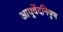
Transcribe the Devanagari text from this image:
आयुर्वेदनिपुण